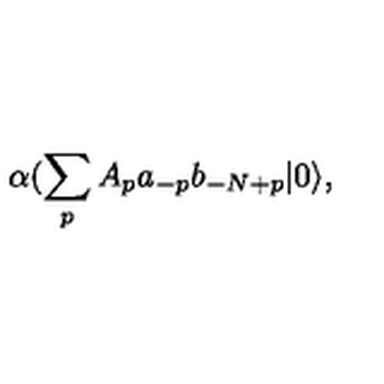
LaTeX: \alpha ( \sum _ { p } A _ { p } a _ { - p } b _ { - N + p } | 0 \rangle ,